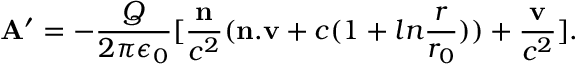
{ \bf A } ^ { \prime } = - { \frac { Q } { 2 \pi \epsilon _ { 0 } } } [ { \frac { \bf n } { c ^ { 2 } } } ( { \bf n . v } + c ( 1 + l n { \frac { r } { r _ { 0 } } } ) ) + { \frac { \bf v } { c ^ { 2 } } } ] .